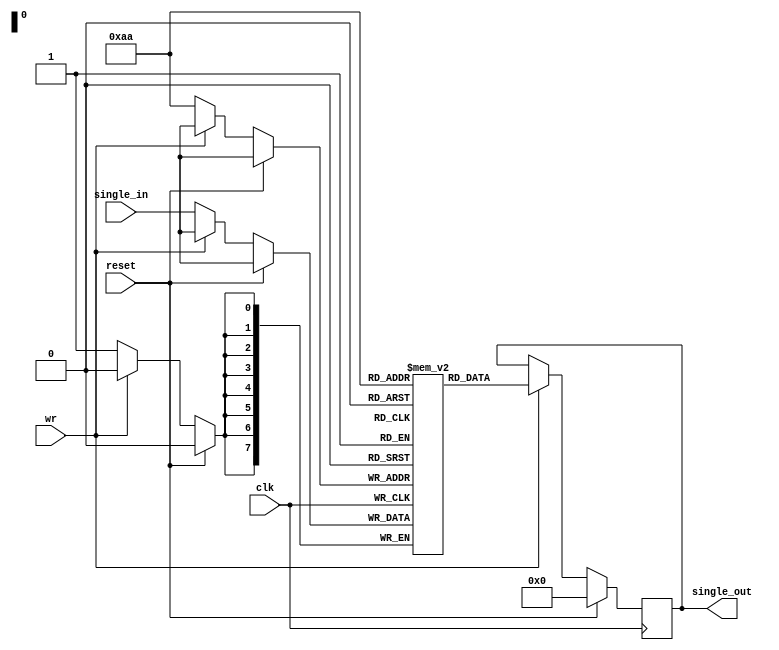
module single_port(single_out, single_in, clk, wr, reset);
	
	output [7:0]single_out;
	
	input [7:0]single_in;
	
	input clk,wr,reset;

	//////////////////////////////////////////////////////////////////////////////////////////////////////	


	reg [7:0] mem_add=8'b10101010;
	reg [7:0]mem[255:0];

				always@(posedge clk)
				begin
					if(reset)
						begin
							single_out<=8'd0;
						end
					else
						begin
							if(wr==1'd0)//write
											begin
												mem[mem_add] <= single_in;
											end		  
							else
											begin
												single_out<=mem[mem_add];
											end
						end
				end


 /////////////////////////////////////////////////////////////////////////////////////////////////////////////////
endmodule